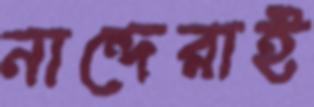
নান্দেরাই